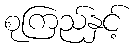
စုကြည်နှင့်